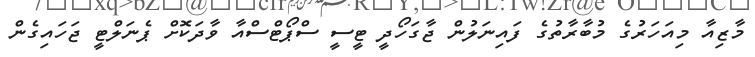
މާޒިއާ މިއަހަރުގެ މުބާރާތުގެ ފައިނަލުން ޖާގަހޯދީ ޓީސީ ސްޕޯޓްސްއާ ވާދަކޮށް ޕެނަލްޓީ ޖަހައިގެން